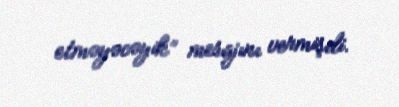
etməyəcəyik” mesajını vermişdi.